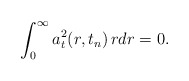
\begin{align*}\int_0^{\infty}a_t^2(r,t_n)\,rdr=0.\end{align*}